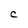
Character: C